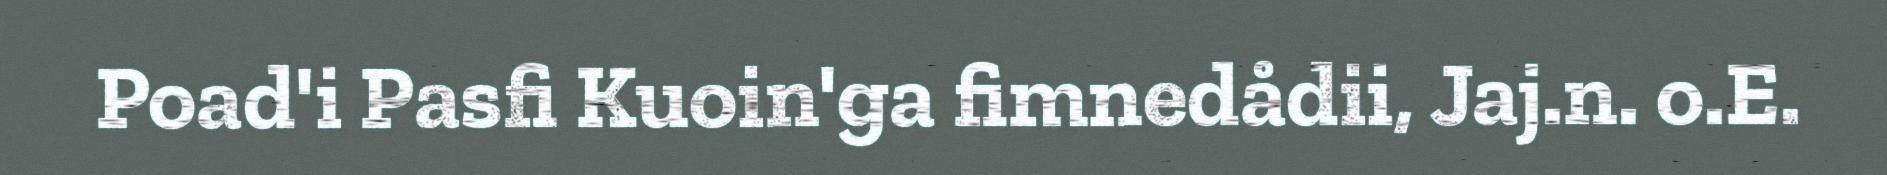
Poad'i Pasfi Kuoin'ga fimnedådii, Jaj.n. o.E.